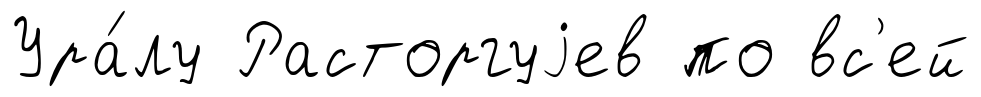
Ура́лу Расторгуjев по вс'ей